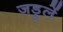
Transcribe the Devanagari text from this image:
जड़ूलें